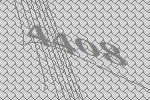
4408